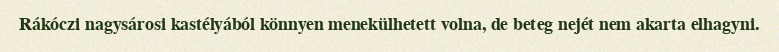
Rákóczi nagysárosi kastélyából könnyen menekülhetett volna, de beteg nejét nem akarta elhagyni.